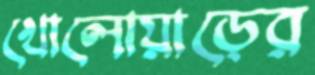
খোলোয়াড়ের